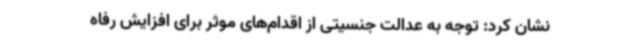
نشان کرد: توجه به عدالت جنسیتی از اقدام‌های موثر برای افزایش رفاه